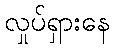
လှုပ်ရှားနေ